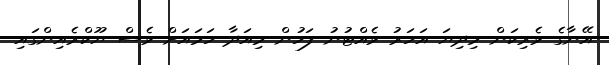
އޭނާގެ ވެރިކަން މިދިޔަ އަހަރު ވެއްޓުނު ފަހުން މިއަދާ ހަމައަށް ވެސް ޔޫކްރެއިންގައި